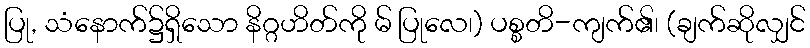
ပြု, သံနောက်၌ရှိသော နိဂ္ဂဟိတ်ကို မ် ပြုလေ၊) ပစ္စတိ-ကျက်၏၊ (ချက်ဆိုလျှင်